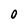
Character: 0